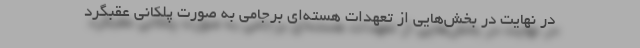
در نهایت در بخش‌هایی از تعهدات هسته‌ای برجامی به صورت پلکانی عقبگرد